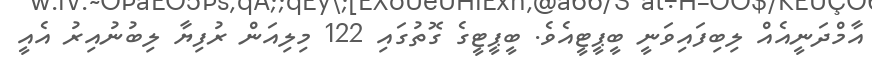
އާމްދަނީއެއް ލިބިފައިވަނީ ބީޕީޓީއެވެ. ބީޕީޓީގެ ގޮތުގައި 122 މިލިއަން ރުފިޔާ ލިބުނުއިރު އެއީ